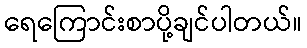
ရေကြောင်းစာပို့ချင်ပါတယ်။